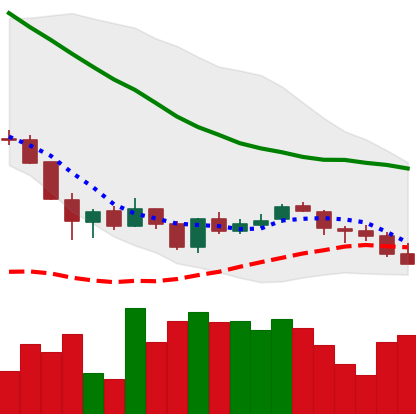
Ticker: LINK-USD
Chart end date: 2018-06-08
Forward return: -26.915%
Label: down_7plus